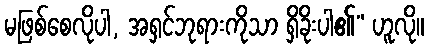
မဖြစ်စေလိုပါ, အရှင်ဘုရားကိုသာ ရှိခိုးပါ၏” ဟူလို။